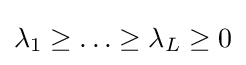
\lambda _{1}\geq \ldots \geq \lambda _{L}\geq 0